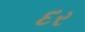
દર